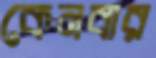
কেনবার